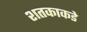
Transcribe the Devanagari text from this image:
शतकाकडे